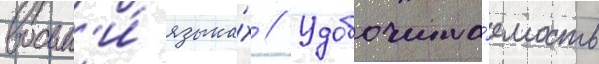
восьм'и́ языка́х // Удобочита́емость